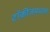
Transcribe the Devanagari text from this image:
टॉकींजमधला